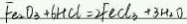
F e _ { 2 } O _ { 3 } + 6 H C l = 2 F e C l _ { 3 } + 3 H _ { 2 } O